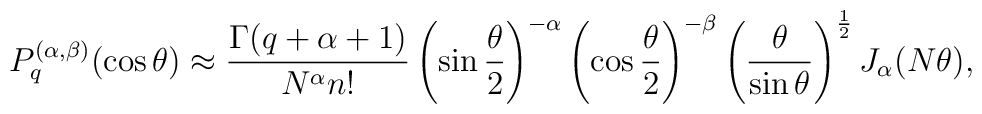
P_q^{(\alpha ,\beta )}(\cos\theta )\approx\frac {\Gamma (q+\alpha+1)}{N^{\alpha}n!}\left(\sin\frac {\theta}2\right)^{-\alpha}\left(\cos\frac {\theta}2\right)^{-\beta}\left(\frac {\theta}{\sin\theta}\right)^{\frac 12}J_{\alpha}(N\theta ),